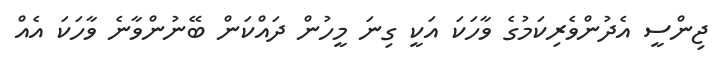
ޖިންސީ އެދުންވެރިކަމުގެ ވާހަކަ އަކީ ގިނަ މީހުން ދައްކަން ބޭނުންވާނެ ވާހަކަ އެއް